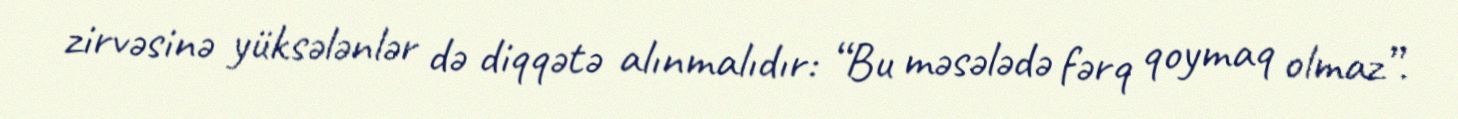
zirvəsinə yüksələnlər də diqqətə alınmalıdır: “Bu məsələdə fərq qoymaq olmaz”.